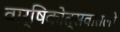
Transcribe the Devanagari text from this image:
वार्षिकोत्सवातली